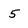
Character: 5